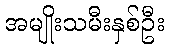
အမျိုးသမီးနှစ်ဦး